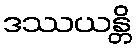
ဒဿယန္တိ